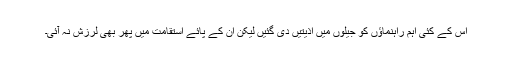
اس کے کئی اہم راہنماؤں کو جیلوں میں اذیتیں دی گئیں لیکن ان کے پائے استقامت میں پھر بھی لرزش نہ آئی۔